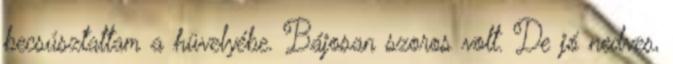
becsúsztattam a hüvelyébe. Bájosan szoros volt. De jó nedves,